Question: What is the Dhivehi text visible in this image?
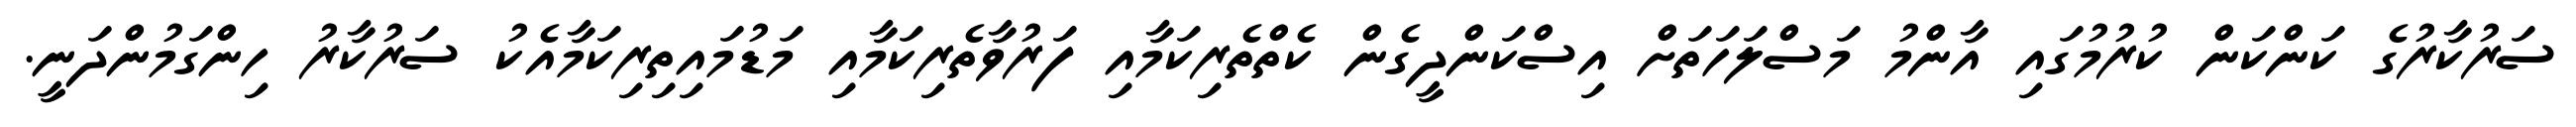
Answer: ސަރުކާރުގެ ކަންކަން ކުރުމުގައި އާންމު މަސްލަހަތަށް އިސްކަންދީގެން ކެތްތެރިކަމާއި ފަރުވާތެރިކަމާއި މަޑުމައިތިރިކަމާއެކު ސަރުކާރު ހިންގަމުންދަނީ.